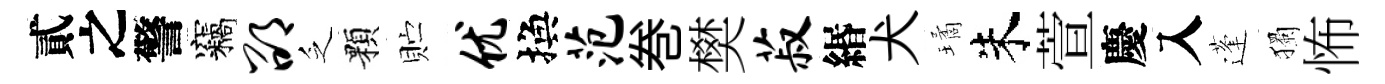
貳之警竊邵乏顆贮优換范巻樊菽緡犬璚朱萱慶入蓬獨怖